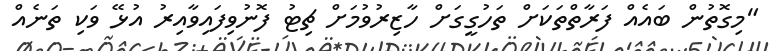
"މިގޮތުން ބައެއް ފަރާތްތަކަށް ތަހުގީގަށް ހާޒިރުވުމަށް ޗިޓު ފޮނުވިފައިވާއިރު އުޅޭ ވަކި ތަނެއް